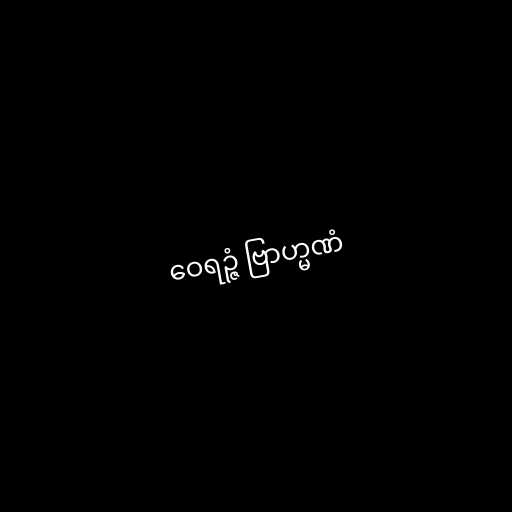
ဝေရဉ္ဇံ ဗြာဟ္မဏံ